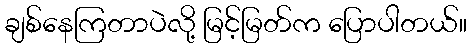
ချစ်နေကြတာပဲလို့ မြင့်မြတ်က ပြောပါတယ်။